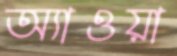
অ্যাওয়া